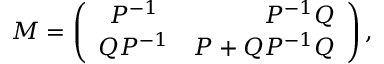
{ \cal M } = \left( \begin{array} { c r c } { { { \cal P } ^ { - 1 } } } & { { { \cal P } ^ { - 1 } { \cal Q } } } \\ { { { \cal Q } { \cal P } ^ { - 1 } } } & { { { \cal P } + { \cal Q } { \cal P } ^ { - 1 } { \cal Q } } } \end{array} \right) ,